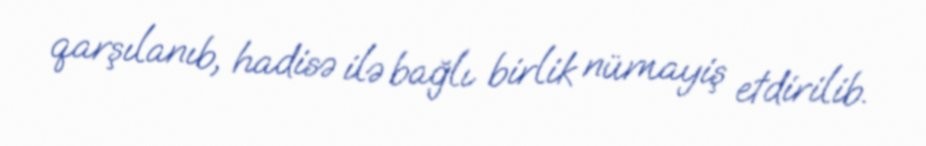
qarşılanıb, hadisə ilə bağlı birlik nümayiş etdirilib.